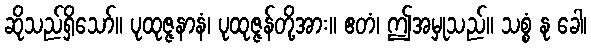
ဆိုသည်ရှိသော်။ ပုထုဇ္ဇနာနံ၊ ပုထုဇ္ဇန်တို့အား။ ဧတံ၊ ဤအမှုသည်။ သစ္စံ နု ခေါ၊